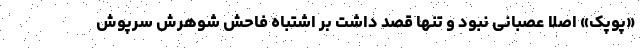
«پوپک» اصلا عصبانی نبود و تنها قصد داشت بر اشتباه فاحش شوهرش سرپوش